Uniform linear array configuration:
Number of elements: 24
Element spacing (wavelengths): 0.5
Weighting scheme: hamming
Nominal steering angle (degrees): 60
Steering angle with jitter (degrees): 58.534
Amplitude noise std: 0.05
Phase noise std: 0.05

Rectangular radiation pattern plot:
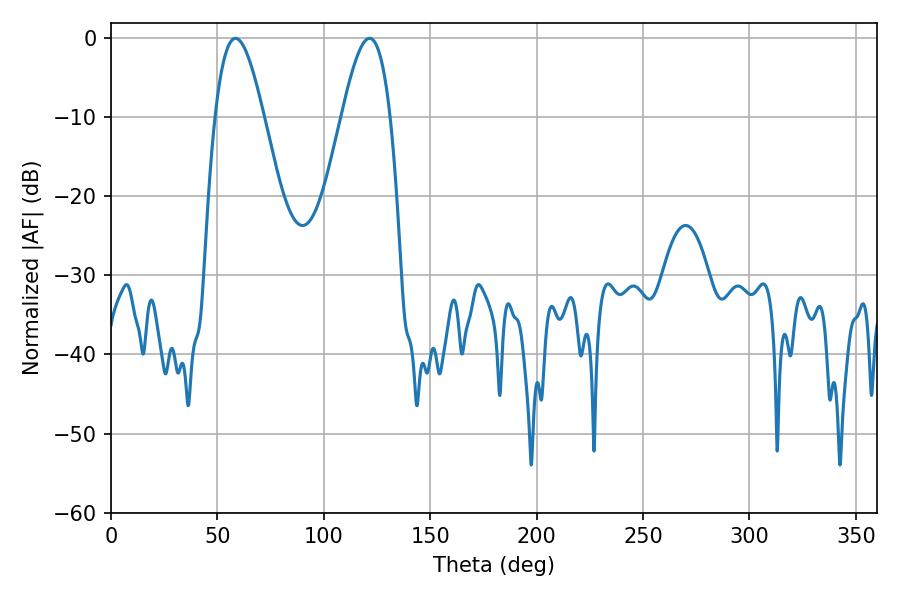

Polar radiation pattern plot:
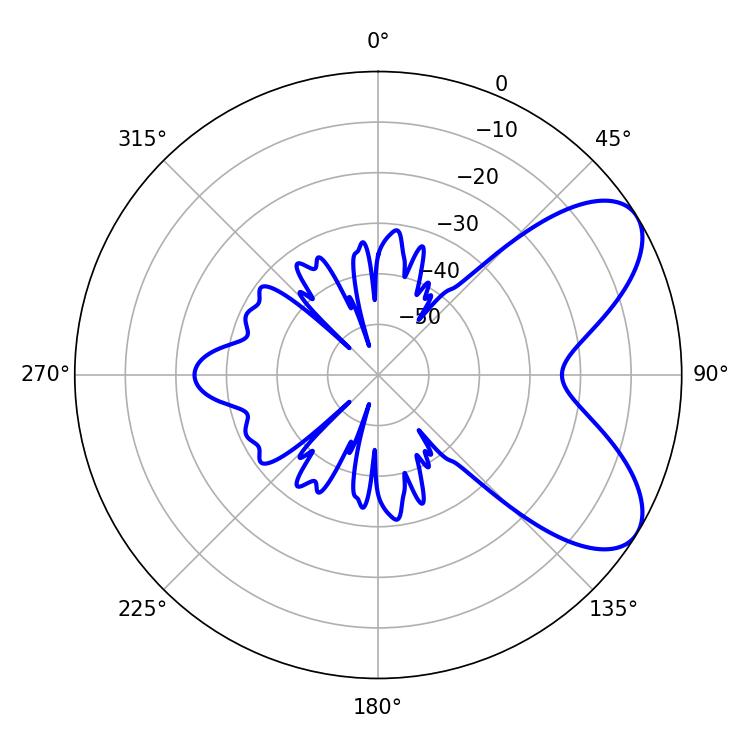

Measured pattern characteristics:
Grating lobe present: FALSE
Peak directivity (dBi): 6.938
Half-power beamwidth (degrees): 12.24
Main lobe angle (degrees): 58.5